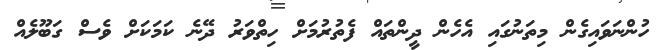
ހުންނަވައިގެން މިތަނުގައި އެހެން ދީންތައް ފެތުރުމަށް ހިތްވަރު ދޭނެ ކަމަކަށް ވެސް ގަބޫލެއް